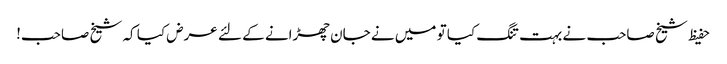
حفیظ شیخ صاحب نے بہت تنگ کیا تو میں نے جان چھڑانے کے لئے عرض کیا کہ شیخ صاحب!